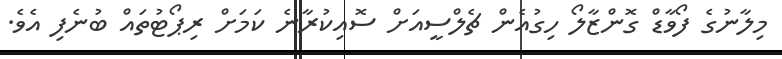
މިލާނުގެ ފޯވާޑް ގޮންޒާލޯ ހިގުއެން ޗެލްސީއަށް ސޮއިކުރާނެ ކަމަށް ރިޕޯޓުތައް ބުނެފި އެވެ.